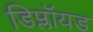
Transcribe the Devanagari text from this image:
डिप्लॉयड